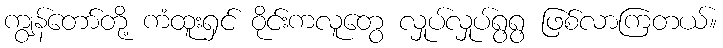
ကျွန်တော်တို့ ကံထူးရှင် ဝိုင်းကလူတွေ လှုပ်လှုပ်ရွရွ ဖြစ်လာကြတယ်။